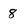
Character: 8